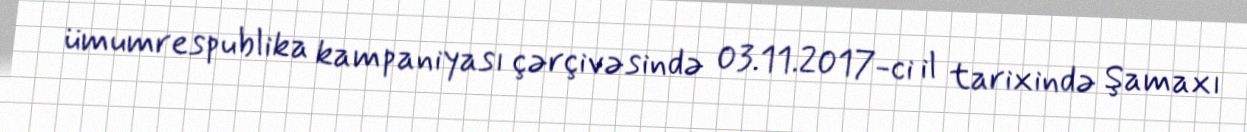
ümumrespublika kampaniyası çərçivəsində 03.11.2017-ci il tarixində Şamaxı